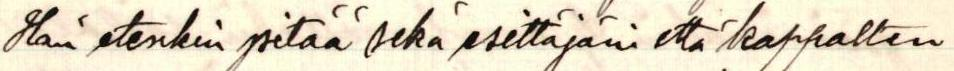
Hän etenkin pitää sekä esittäjäni että kappalten